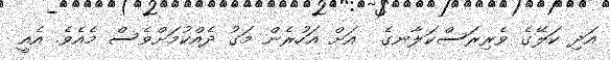
އަދި ކަލޭގެ ވެރިރަސްކަލާނގެ  އަށް އަހުރެން މަގު ދެއްކުމަށްވެސް މެއެވެ. އެއީ